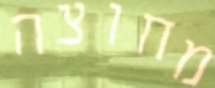
מחוצה